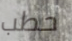
حطب